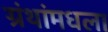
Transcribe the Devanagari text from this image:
ग्रंथांमधला